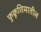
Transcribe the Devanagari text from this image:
फुकूशिमातील